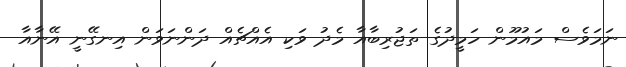
ނަމަވެސް މައުމޫން ހަމީދުގެ ތަޖުރިބާއާ މެދު ވަކި އެއްޗެއް ދަންނަވަން އިނގޭނީ އޭނާއާ